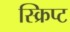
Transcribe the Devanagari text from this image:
स्क्रिप्‍ट